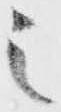
之